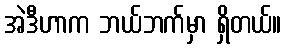
အဲဒီဟာက ဘယ်ဘက်မှာ ရှိတယ်။